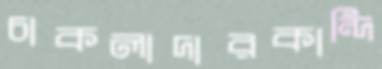
চাকলাদারকান্দি